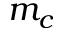
m _ { c }